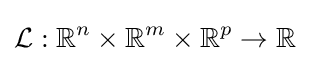
{\mathcal {L}}:\mathbb {R} ^{n}\times \mathbb {R} ^{m}\times \mathbb {R} ^{p}\to \mathbb {R}